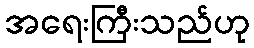
အရေးကြီးသည်ဟု